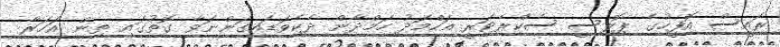
ރައީސް އޮފީހުގެ ޕޮލިސީ ސެކްރެޓަރީ އަހްމަދު ހަމްދާން ދެކެވަޑައިގަންނަވާ ގޮތުގައި ތިން އަހަރާ